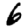
Digit: 6